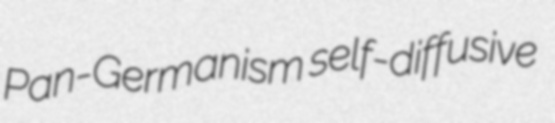
Pan-Germanism self-diffusive